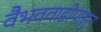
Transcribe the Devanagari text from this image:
वैभववाडीपासुन